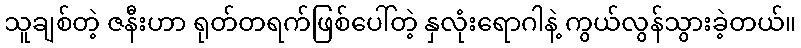
သူချစ်တဲ့ ဇနီးဟာ ရုတ်တရက်ဖြစ်ပေါ်တဲ့ နှလုံးရောဂါနဲ့ ကွယ်လွန်သွားခဲ့တယ်။